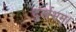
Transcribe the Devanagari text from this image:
दुर्लभम्।